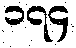
၁၇၄